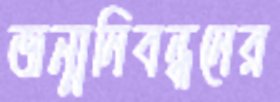
জন্মনিবন্ধনের